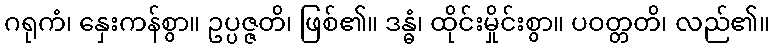
ဂရုကံ၊ နှေးကန်စွာ။ ဥပ္ပဇ္ဇတိ၊ ဖြစ်၏။ ဒန္ဓံ၊ ထိုင်းမှိုင်းစွာ။ ပဝတ္တတိ၊ လည်၏။